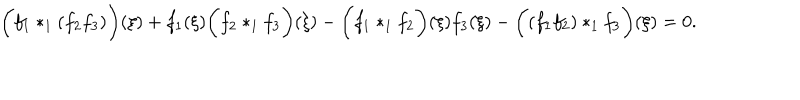
\biggl ( f _ { 1 } * _ { 1 } ( f _ { 2 } f _ { 3 } ) \biggr ) ( \xi ) + f _ { 1 } ( \xi ) \biggl ( f _ { 2 } * _ { 1 } f _ { 3 } \biggr ) ( \xi ) - \biggl ( f _ { 1 } * _ { 1 } f _ { 2 } \biggr ) ( \xi ) f _ { 3 } ( \xi ) - \biggl ( ( f _ { 1 } f _ { 2 } ) * _ { 1 } f _ { 3 } \biggr ) ( \xi ) = 0 .